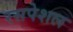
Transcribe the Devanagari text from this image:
रसपेशल